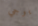
يوجي